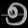
Digit: ၅